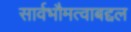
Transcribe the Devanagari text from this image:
सार्वभौमत्वाबद्दल